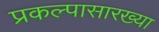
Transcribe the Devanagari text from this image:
प्रकल्पासारख्या